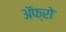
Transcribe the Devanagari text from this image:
ॲफ्रो